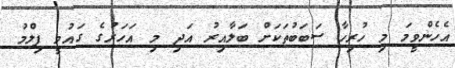
އެހެންވީމަ މި ހުރިހާ ސަބަބުތަކަށް ބަލާއިރު އަދި މި އަހަރުގެ ގައުމީ ފިލްމު